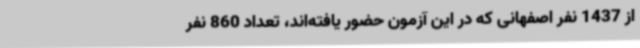
از 1437 نفر اصفهانی که در این آزمون حضور یافته‌اند، تعداد 860 نفر